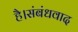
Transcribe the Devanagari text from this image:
है।संबंधवाद